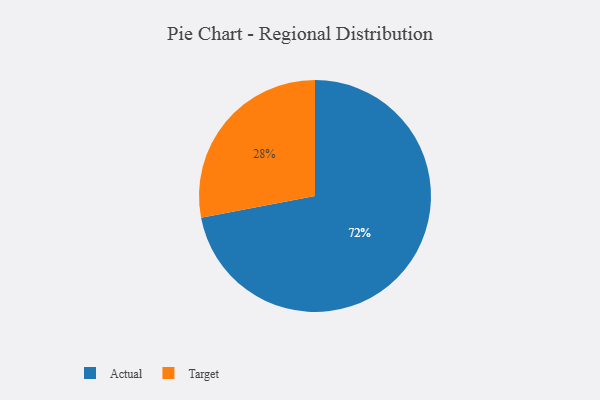
{"axis": {"x": "Category", "y": "Percentage"}, "legend": ["Actual", "Target"], "data": [{"x": "Actual", "y": 72, "type": "Actual"}, {"x": "Target", "y": 28, "type": "Target"}]}